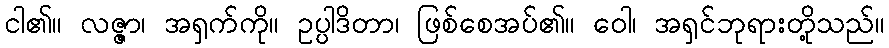
ငါ၏။ လဇ္ဇာ၊ အရှက်ကို။ ဥပ္ပါဒိတာ၊ ဖြစ်စေအပ်၏။ ဝေါ၊ အရှင်ဘုရားတို့သည်။